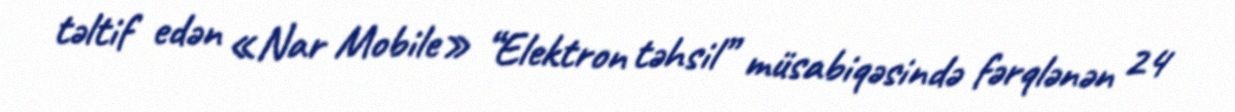
təltif edən «Nar Mobile» “Elektron təhsil” müsabiqəsində fərqlənən 24